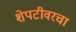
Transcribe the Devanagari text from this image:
शेपटीवरचा